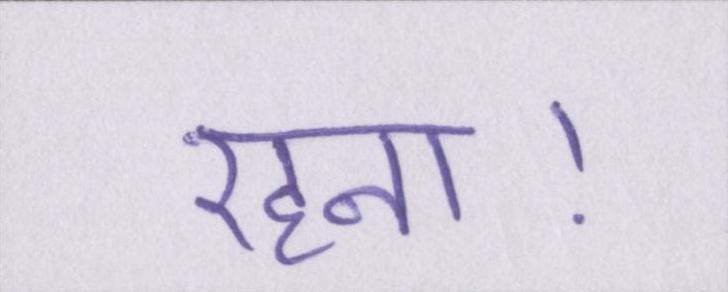
रहना।